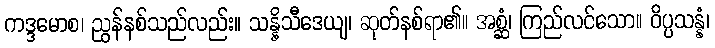
ကဒ္ဒမောစ၊ ညွန်နစ်သည်လည်း။ သန္နိသီဒေယျ၊ ဆုတ်နစ်ရာ၏။ အစ္ဆံ၊ ကြည်လင်သော။ ဝိပ္ပသန္နံ၊